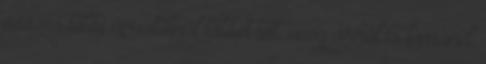
összes többi apostolnál többet tett, még arról is lemond,